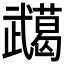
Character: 𭭸